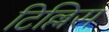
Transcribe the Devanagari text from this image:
टिल्लिस